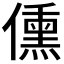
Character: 𬿿